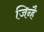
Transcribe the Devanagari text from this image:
जिन्है